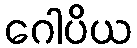
ဂေါပိယ